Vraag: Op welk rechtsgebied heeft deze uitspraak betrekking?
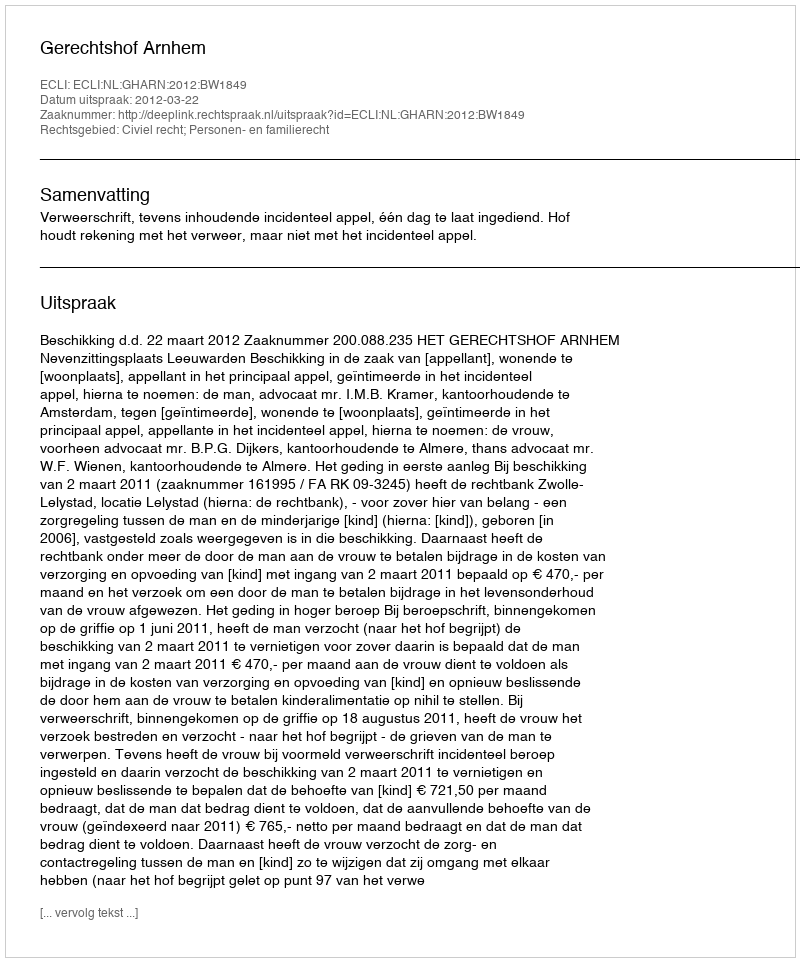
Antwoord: Civiel recht; Personen- en familierecht